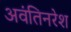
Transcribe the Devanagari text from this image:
अवंतिनरेश